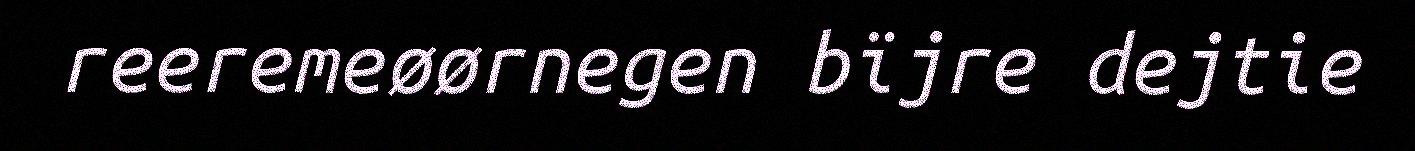
reeremeøørnegen bïjre dejtie